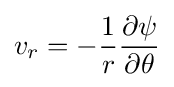
v_{r}=-{\frac {1}{r}}{\frac {\partial \psi }{\partial \theta }}